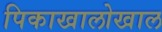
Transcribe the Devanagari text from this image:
पिकाखालोखाल